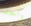
واحد